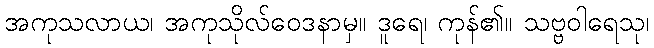
အကုသလာယ၊ အကုသိုလ်ဝေဒနာမှ။ ဒူရေ၊ ကုန်၏။ သဗ္ဗဝါရေသု၊